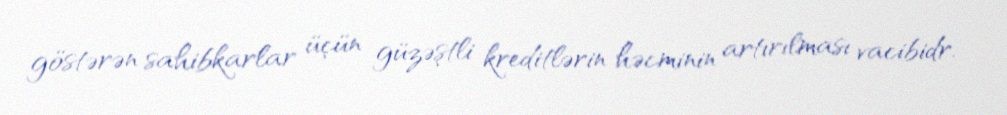
göstərən sahibkarlar üçün güzəştli kreditlərin həcminin artırılması vacibidr.